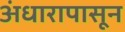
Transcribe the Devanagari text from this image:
अंधारापासून